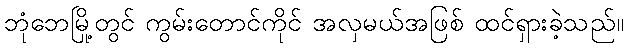
ဘုံဘေမြို့တွင် ကွမ်းတောင်ကိုင် အလှမယ်အဖြစ် ထင်ရှားခဲ့သည်။